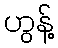
ဟွန့်